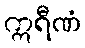
ဣရီဏံ